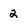
Character: 2